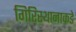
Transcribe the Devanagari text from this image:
गिरिस्थानाकडे